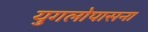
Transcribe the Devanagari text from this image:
युगलोपासना